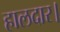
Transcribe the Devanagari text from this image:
हालदार।